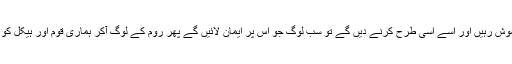
48 اگر ہم خاموش رہیں اور اسے اسی طرح کرنے دیں گے تو سب لوگ جو اس پر ایمان لائیں گے پھر روم کے لوگ آکر ہماری قوم اور ہیکل کو تباہ کردینگے۔